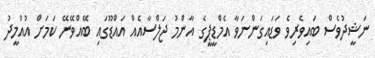
ނަޝީދުވެސް ބައިވެރިވެ ވަޑައިގަންނަވާ އެމްޑީޕީގެ އާންމު ޖަލްސާއެއް އައްޑޫގައި ބޭއްވޭނޭ ކަމަށް އުއްމީދު